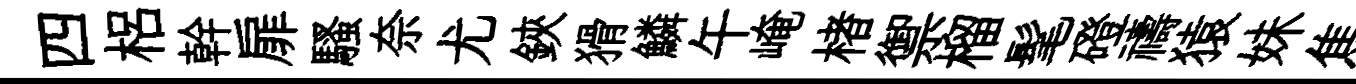
四梠幹扉騷奈尤鋏猾鱗午崦楮禦榴髦磴禱猿妹焦